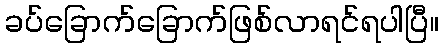
ခပ်ခြောက်ခြောက်ဖြစ်လာရင်ရပါပြီ။